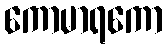
ကောမာရကော